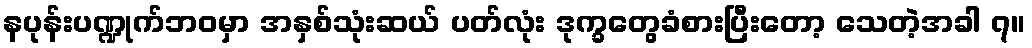
နပုန်းပဏ္ဍုက်ဘဝမှာ အနှစ်သုံးဆယ် ပတ်လုံး ဒုက္ခတွေခံစားပြီးတော့ သေတဲ့အခါ ၇။